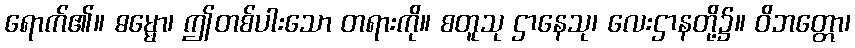
ရောက်၏။ ဓမ္မော၊ ဤတစ်ပါးသော တရားကို။ စတူသု ဌာနေသု၊ လေးဌာနတို့၌။ ဝိဘတ္တော၊